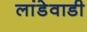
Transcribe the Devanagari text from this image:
लांडेवाडी